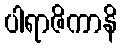
ပါရာဇိကာနိ